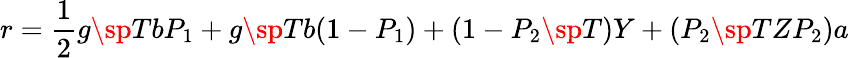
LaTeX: r={\frac{1}{2}}g\sp{T}bP_{1}+g\sp{T}b(1-P_{1})+(1-P_{2}\sp{T})Y+(P_{2}\sp{T}ZP_{2})a